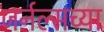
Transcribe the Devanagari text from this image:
जर्नल्सच्या